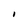
Character: I